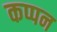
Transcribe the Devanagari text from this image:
कप्पन